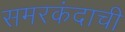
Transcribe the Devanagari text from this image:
समरकंदाची